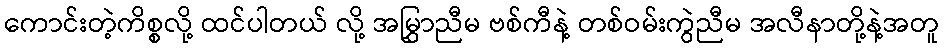
ကောင်းတဲ့ကိစ္စလို့ ထင်ပါတယ် လို့ အမြွှာညီမ ဗစ်ကီနဲ့ တစ်ဝမ်းကွဲညီမ အလီနာတို့နဲ့အတူ